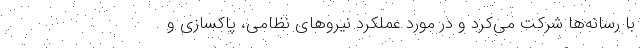
با رسانه‌ها شرکت می‌کرد و در مورد عملکرد نیروهای نظامی، پاکسازی و